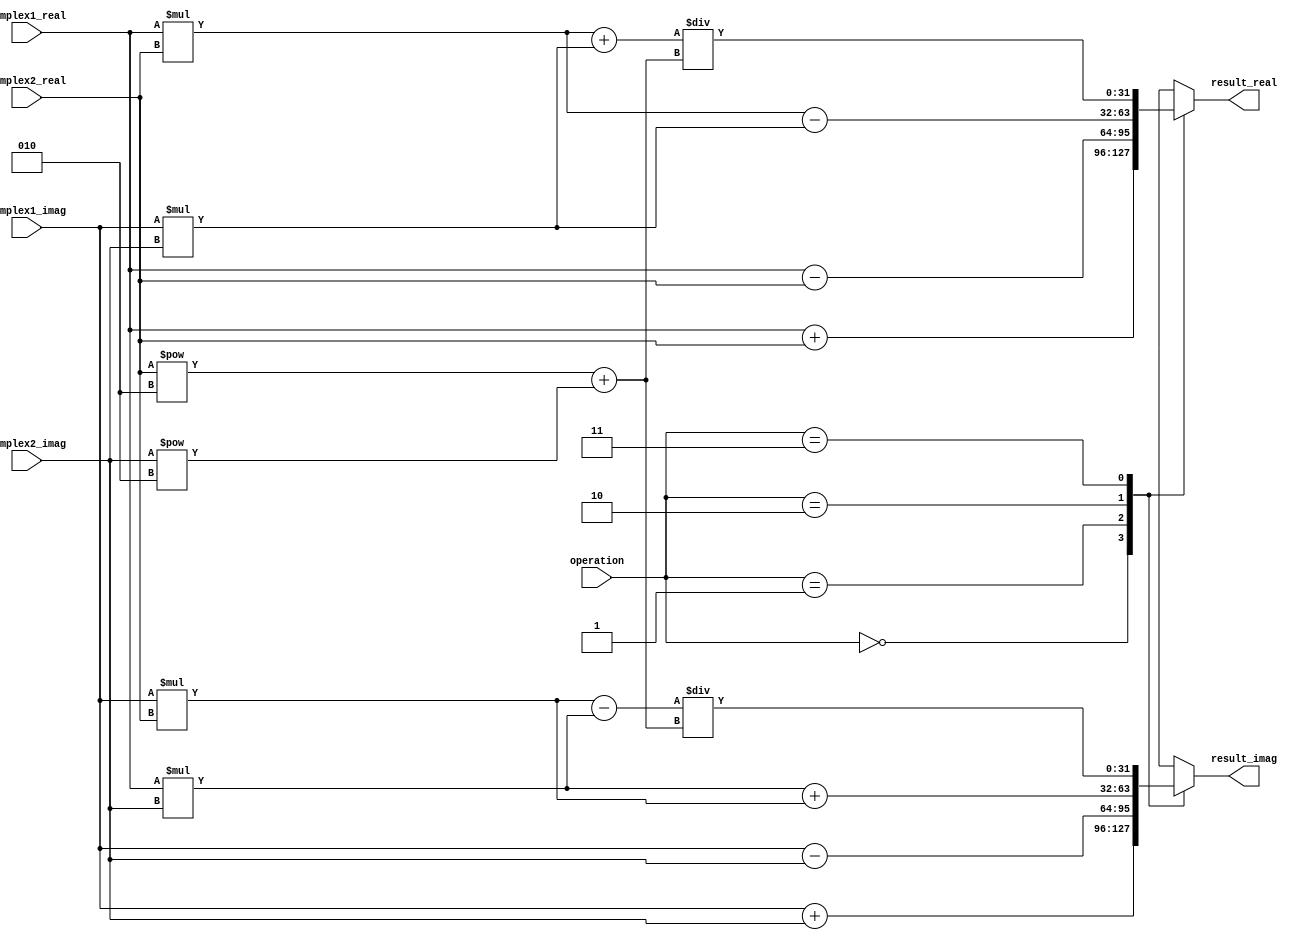
module Complex_ALU (
    input wire [31:0] complex1_real,
    input wire [31:0] complex1_imag,
    input wire [31:0] complex2_real,
    input wire [31:0] complex2_imag,
    input wire [1:0] operation, // 00: Addition, 01: Subtraction, 10: Multiplication, 11: Division
    output reg [31:0] result_real,
    output reg [31:0] result_imag
);

always @(*) begin
    case (operation)
        2'b00: begin // Addition
            result_real = complex1_real + complex2_real;
            result_imag = complex1_imag + complex2_imag;
        end
        2'b01: begin // Subtraction
            result_real = complex1_real - complex2_real;
            result_imag = complex1_imag - complex2_imag;
        end
        2'b10: begin // Multiplication
            result_real = complex1_real*complex2_real - complex1_imag*complex2_imag;
            result_imag = complex1_real*complex2_imag + complex1_imag*complex2_real;
        end
        2'b11: begin // Division
            result_real = (complex1_real*complex2_real + complex1_imag*complex2_imag) / (complex2_real**2 + complex2_imag**2);
            result_imag = (complex1_imag*complex2_real - complex1_real*complex2_imag) / (complex2_real**2 + complex2_imag**2);
        end
        default: begin
            result_real = 32'b0;
            result_imag = 32'b0;
        end
    endcase
end

endmodule